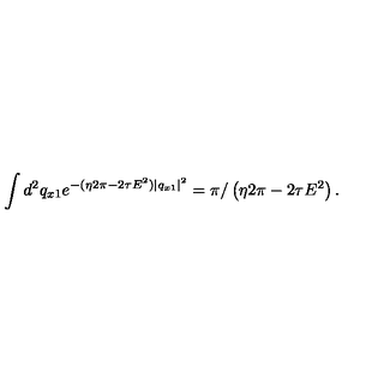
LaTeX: \int d ^ { 2 } q _ { x 1 } e ^ { - ( \eta 2 \pi - 2 \tau E ^ { 2 } ) | q _ { x 1 } | ^ { 2 } } = \pi / \left( \eta 2 \pi - 2 \tau E ^ { 2 } \right) .